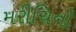
મરીચિનો